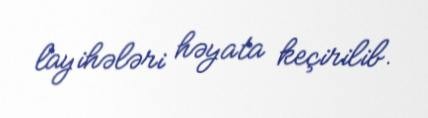
layihələri həyata keçirilib.